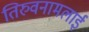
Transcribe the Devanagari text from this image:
तिरुवनामलाई